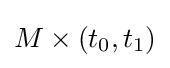
M\times (t_{0},t_{1})